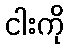
ငါးကို